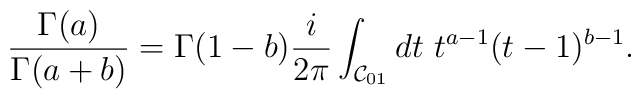
\frac{\Gamma(a)}{\Gamma(a+b)} = \Gamma(1-b)\frac{i}{2\pi}\int_{{\cal C}_{01}} dt\ t^{a-1} (t-1)^{b-1}.